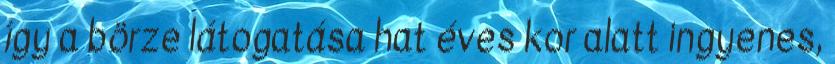
így a börze látogatása hat éves kor alatt ingyenes,